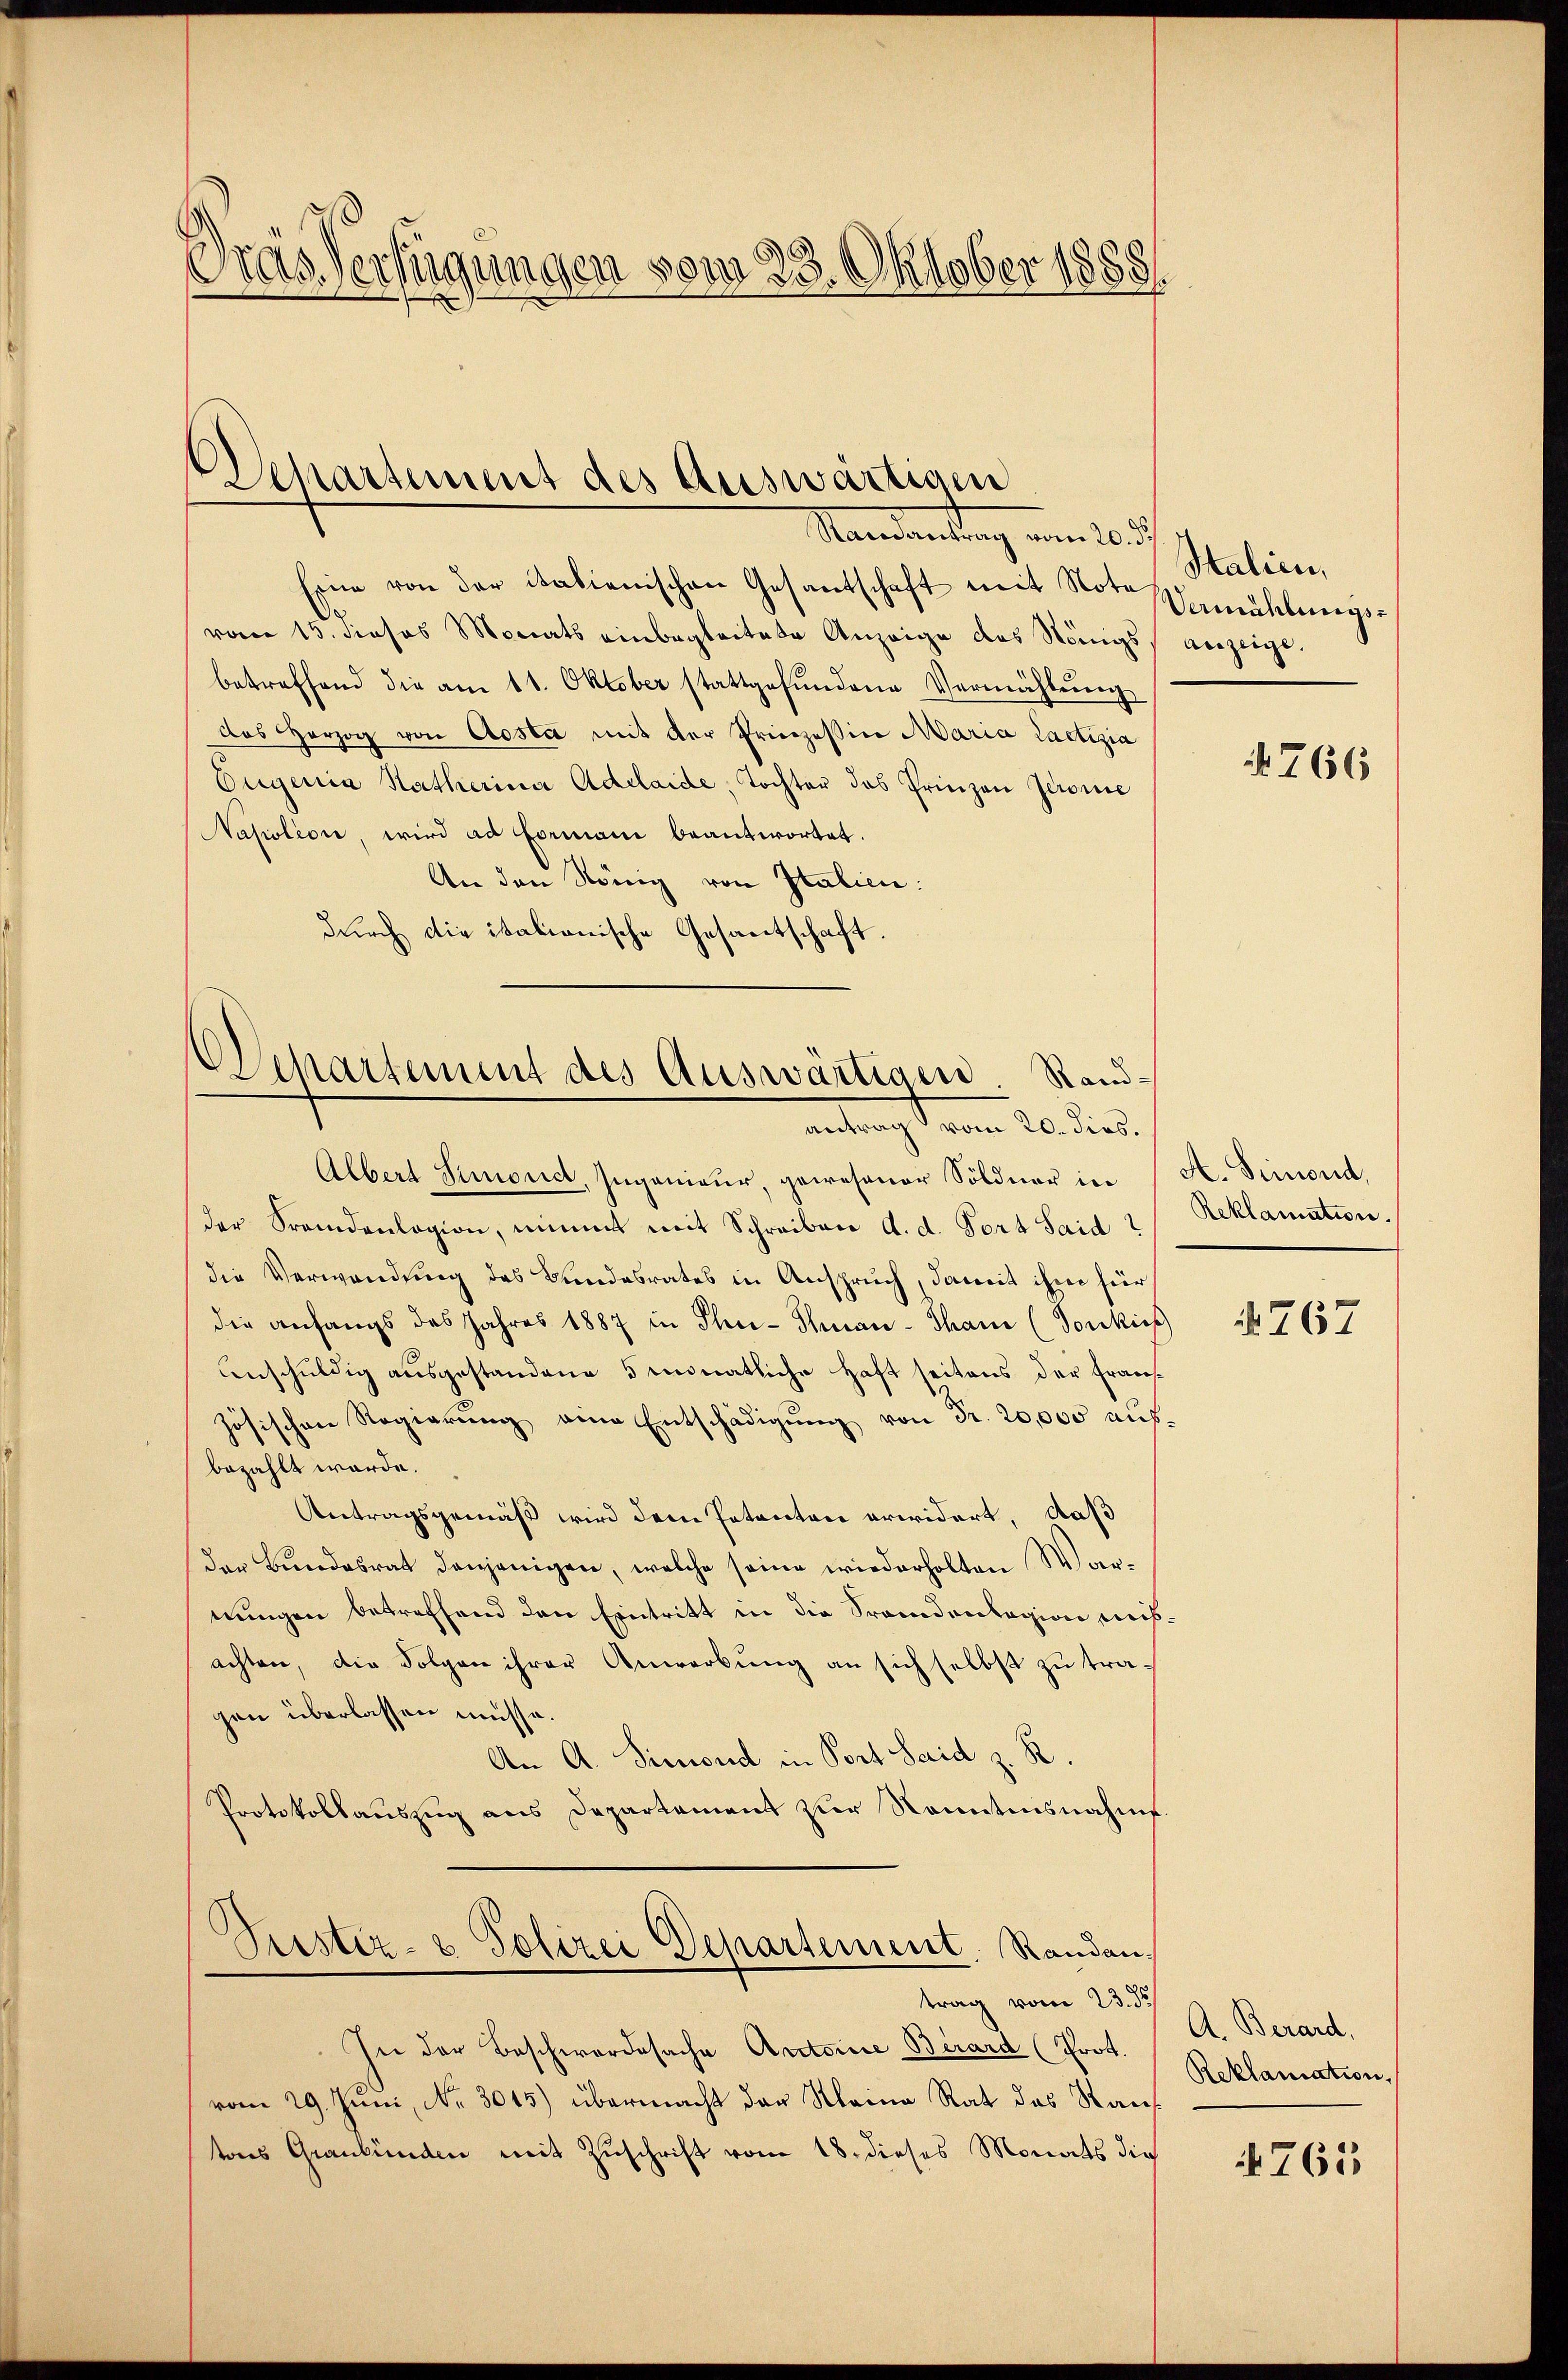
Gras Verfügungen vom 23. Oktober 1888

Departement des Auswärtigen

Nandantung vom 20. d.
Eine von der italienischen Gesantschaft mit Note Vermählungsvom 15. Josos Monats einbegleitete Anzeige des Königs anzeige.
betreffend die am 11. Oktober stattgefŭndene Vermählung
das Herzog von Aosta mit der Prinzessin Maria Lactizia
Eugenia Hatherina Adelaide, Tochter das Prinzen Jerome
Napoleon, wird ad Formani beantwortet.
An den König von Italien:
durch die italionische Gesantschaft

Departement des Auswärtigen Randantrag vom 20. dies.

Albert Simonie, Ingenieŭr, gewesener Söldner in A. Simond,
der Fremdenlagion, nimmt mit Schreiben d. d. Fort Said?
die Verwendung des Bundesrates in Anspruch, damit ihm für
die anfangs das Jahres 1887 in Ther-Thinan-Thani (Sonkies
Anschuldig ausgestandene 5 monatliche Haft seitens der Franszösischen Regierung eine Entschädigung von Fr. 20,000 ausbezahlt werde.
Antragsgemäß wird dem Petenten erwidert, daß
der Bundesrat denjenigen, welche seine wiederholten Warnungen betreffend den Eintritt in die Fremdenlegion mitachten, die Folgen ihrer Anwerbung an sich selbst zu tragen überlassen müsse.
An A. Simond in Port Seid z. R.
Protokollauszug aus Departement zur Sonntensnahme.
Vrestiz- & Polizei Departement, Randan
trag vom 23. ds.
In der Beschwordesache Antoine Birard (Prot. Reklamation,
vom 29. Juni, Nr. 3045) übermacht der Meine Rat des Rauf
tons Graubünden mit Zuschrift vom 18. dieses Monats die

Stalien,

4766

Reklamation.

4767

A. Berard,

4765